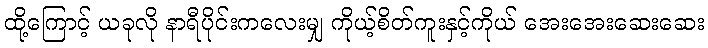
ထို့ကြောင့် ယခုလို နာရီပိုင်းကလေးမျှ ကိုယ့်စိတ်ကူးနှင့်ကိုယ် အေးအေးဆေးဆေး